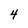
Character: 4